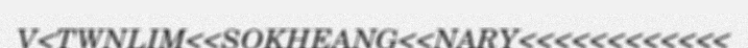
V<TWNLIM<<SOKHEANG<<NARY<<<<<<<<<<<<